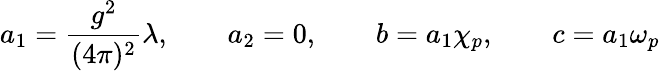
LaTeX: a_{1}=\frac{g^{2}}{(4\pi)^{2}}\lambda,\qquad a_{2}=0,\qquad b=a_{1}\chi_{p},\qquad c=a_{1}\omega_{p}